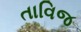
તાવિજ